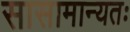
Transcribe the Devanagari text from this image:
सासामान्यतः